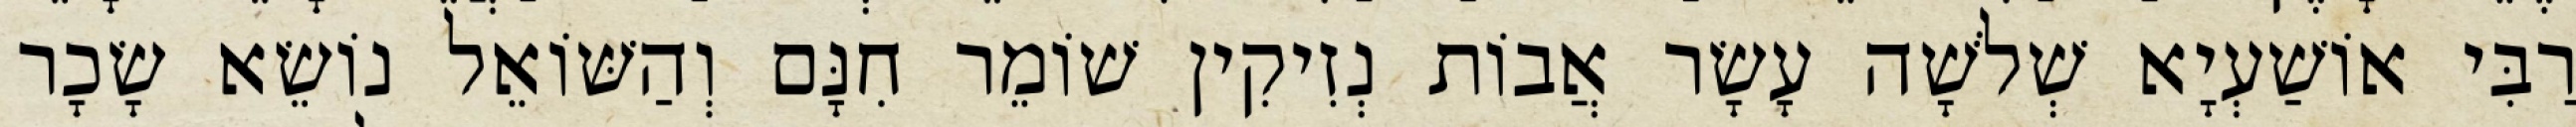
רַבִּי אוֹשַׁעְיָא שְׁלֹשָׁה עָשָׂר אֲבוֹת נְזִיקִין שׁוֹמֵר חִנָּם וְהַשּׁוֹאֵל נוֹשֵׂא שָׂכָר